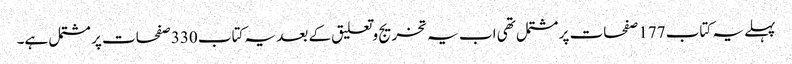
پہلے یہ کتاب 177 صفحات پر مشتمل تھی اب یہ تخریج وتعلیق کے بعد یہ کتاب 330 صفحات پر مشتمل ہے۔